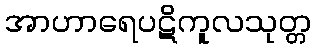
အာဟာရေပဋိကူလသုတ္တ